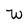
Character: W